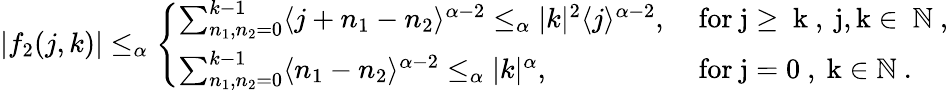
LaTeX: \begin{array}{r}{|f_{2}(j,k)|\le_{\alpha}\left\{ \begin{array}{ll}{\sum_{n_{1},n_{2}=0}^{k-1}\langle j+n_{1}-n_{2}\rangle^{\alpha-2}\le_{\alpha}|k|^{2}\langle j\rangle^{\alpha-2},}&{\mathrm{~for~j\ge~k~,~j,k\in~\mathbb{N}~,}}\\ {\sum_{n_{1},n_{2}=0}^{k-1}\langle n_{1}-n_{2}\rangle^{\alpha-2}\le_{\alpha}|k|^{\alpha},}&{\mathrm{~for~j=0~,~k\in\mathbb{N}~.}}\end{array}\right.}\end{array}